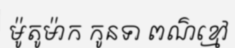
ម៉ូតូម៉ាក កូនទា ពណ៌ខ្មៅ